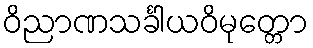
ဝိညာဏသင်္ခါယဝိမုတ္တော